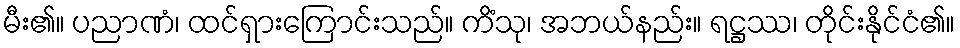
မီး၏။ ပညာဏံ၊ ထင်ရှားကြောင်းသည်။ ကိံသု၊ အဘယ်နည်း။ ရဋ္ဌဿ၊ တိုင်းနိုင်ငံ၏။